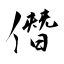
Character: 僭